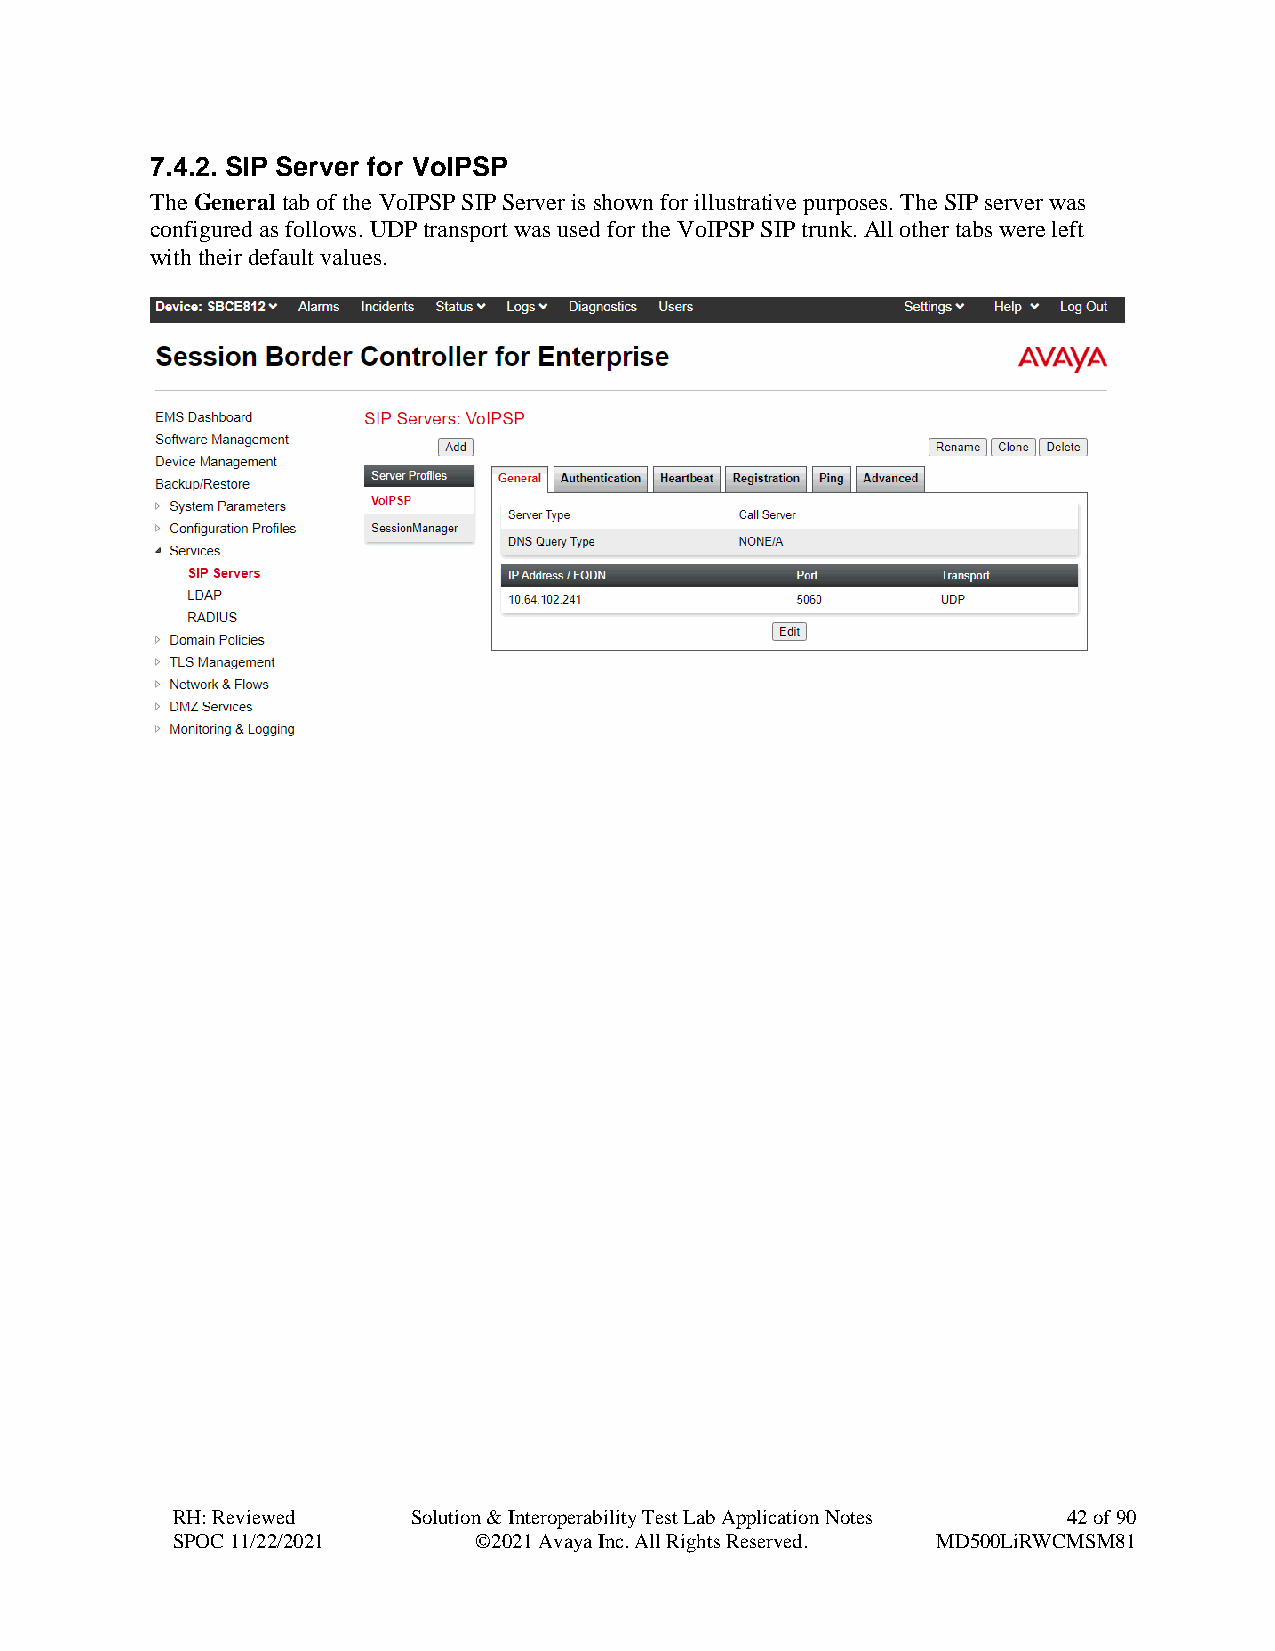
7.4.2. SIP Server for VoIPSP
 The General tab of the VoIPSP SIP Server is shown for illustrative purposes. The SIP server was
 configured as follows. UDP transport was used for the VoIPSP SIP trunk. All other tabs were left
 with their default values.
 RH: Reviewed    Solution & Interoperability Test Lab Application Notes 42 of 90
 SPOC 11/22/2021     ©2021 Avaya Inc. All Rights Reserved. MD500LiRWCMSM81